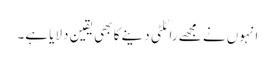
انہوں نے مجھے رائلٹی دینے کا بھی یقین دلایا ہے۔